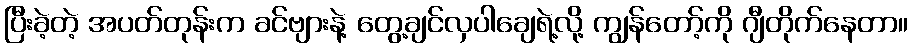
ပြီးခဲ့တဲ့ အပတ်တုန်းက ခင်ဗျားနဲ့ တွေ့ချင်လှပါချေရဲ့လို့ ကျွန်တော့်ကို ဂျီတိုက်နေတာ။